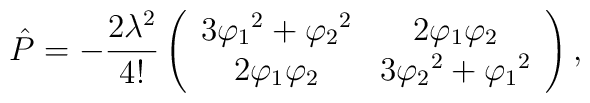
\hat{P}=-\frac{2\lambda^2}{4!}	\left(\begin{array}{cc} 3{\varphi_1}^2	+{\varphi_2}^2&2{\varphi_1}{\varphi_2}     \\	2{\varphi_1}{\varphi_2} & 3{\varphi_2}^2	+{\varphi_1}^2\end{array}\right),